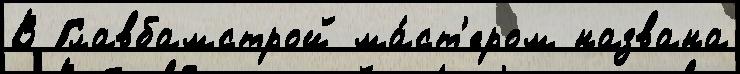
В Главбамстрой ма́ст'ером названа